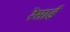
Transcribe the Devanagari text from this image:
रेसाई